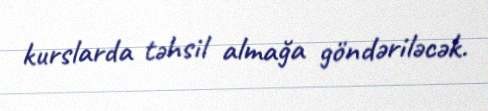
kurslarda təhsil almağa göndəriləcək.